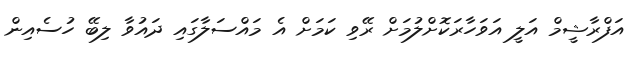
އަފްރާޝީމް އަލީ އަވަހާރަކޮށްލުމަށް ރޭވި ކަމަށް އެ މައްސަލާގައި ދައުވާ ލިބޭ ހުސެއިން